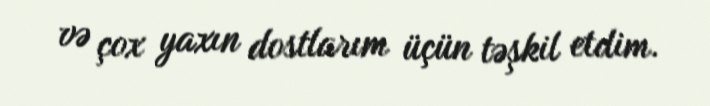
və çox yaxın dostlarım üçün təşkil etdim.